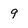
Character: 9